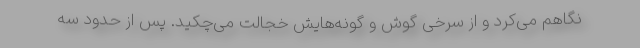
نگاهم می‌کرد و از سرخی گوش و گونه‌هایش خجالت می‌چکید. پس از حدود سه